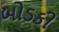
બોડકી